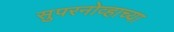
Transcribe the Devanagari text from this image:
सुपरनोव्हाच्या